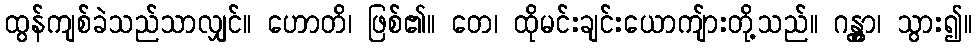
ထွန်ကျစ်ခဲသည်သာလျှင်။ ဟောတိ၊ ဖြစ်၏။ တေ၊ ထိုမင်းချင်းယောကျ်ားတို့သည်။ ဂန္တွာ၊ သွား၍။